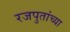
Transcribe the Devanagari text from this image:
रजपुतांच्या